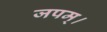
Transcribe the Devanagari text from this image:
जपम्‌।